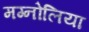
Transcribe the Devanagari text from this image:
मग्नोलिया